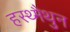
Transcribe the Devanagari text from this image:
हस्थ्मैथुन